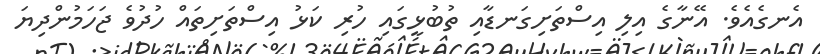
އެނގެއެވެ. އޭނާގެ އިލި އިސްތަށިގަނޑާއި ތުބުޅީގައި ހުރި ކަޅު އިސްތަށިތައް ހުދުވެ ޖަހަމުންދިޔަ